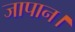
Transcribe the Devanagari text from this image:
जापान।